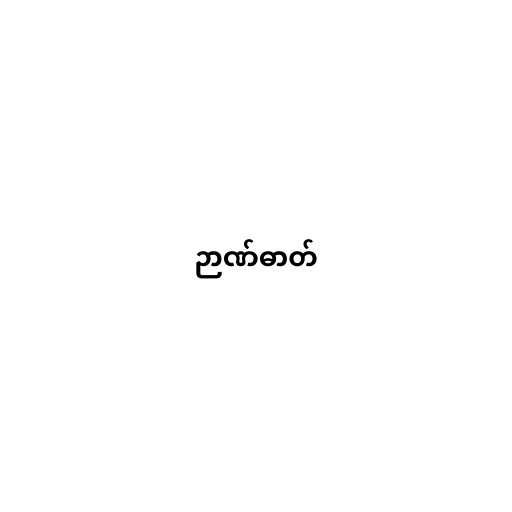
ဉာဏ်ဓာတ်